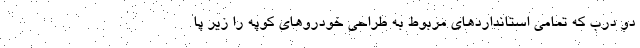
دو درب که تمامی استانداردهای مربوط به طراحی خودروهای کوپه را زیر پا